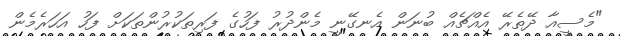
"މެސީއާ ދޭތެރޭ އެއްޗެއް ބުނަން އެނގޭނީ މެންދުރު ފަހުގެ ފަރިތަކުރުންތަކަށް ފަހު އަހަރެމެން